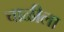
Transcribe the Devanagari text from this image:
चाळीला